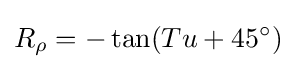
R_{\rho }=-\tan(Tu+45^{\circ })